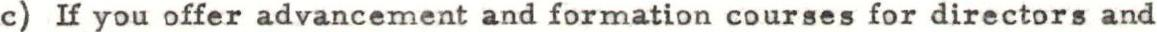
c) If you offer advancement and formation courses for directors and